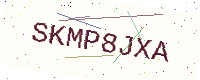
Text: SKMP8JXA